Report of the Indian Hemp Drugs Commission, 1894-1895 - Volume VII
Year: 1894
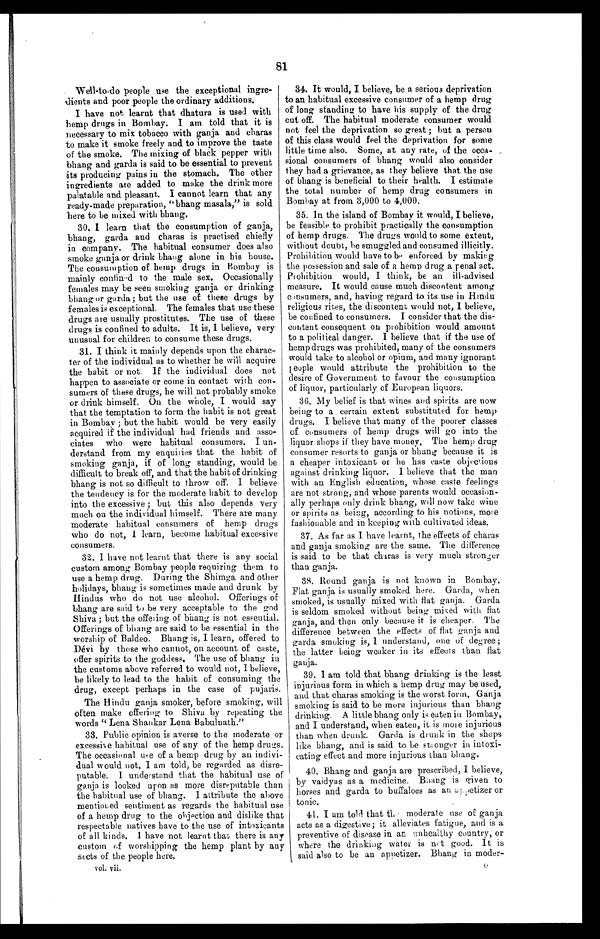
81
Well-to-do people use the exceptional ingre
- d i e n t s a n d p o o r p e o p l e t h e o r d i n a r y a d d i t i o n s .
I have not learnt that dhatura is used with
hemp drugs in Bombay. I am told that it is
necessary to mix tobacco with ganja and charas
to make it smoke freely and to improve the taste
of the smoke. The mixing of black pepper with
bhang and garda is said to be essential to prevent
its producing pains in the stomach. The other
ingredients are added to make the drink more
palatable and pleasant. I cannot learn that any
ready-made preparation, "bhang masala," is sold
here to be mixed with bhang.
30. I learn that the consumption of ganja,
bhang, garda and charas is practised chiefly
in company. The habitual consumer does also
smoke ganja or drink bhang alone in his house.
The consumption of hemp drugs in Bombay is
mainly confined to the male sex. Occasionally
females may be seen smoking ganja or drinking
bhang or garda; but the use of these drugs by
females is exceptional. The females that use these
drugs are usually prostitutes. The use of these
drugs is confined to adults. It is, I believe, very
unusual for children to consume these drugs.
31. I think it mainly depends upon the charac
-
ter of the individual as to whether he will acquire
the habit or not. If the individual does not
happen to associate or come in contact with con
-
sumers of these drugs, he will not probably smoke
or drink himself. On the whole, I would say
that the temptation to form the habit is not great
in Bombay; but the habit would be very easily
acquired if the individual had friends and asso
-
ciates who were habitual consumers. I un
-
derstand from my enquiries that the habit of
smoking ganja, if of long standing, would be
d i f f i c u l t t o b r e a k o f f , a n d t h a t t h e h a b i t o f d r i n k i n g
bhang is not so difficult to throw off. I believe
the tendency is for the moderate habit to develop
into the excessive; but this also depends very
much on the individual himself. There are many
moderate habitual consumers of hemp drugs
who do not, I learn, become habitual excessive
consumers.
32. I have not learnt that there is any social
custom among Bombay people requiring them to
use a hemp drug. During the Shimga and other
holidays, bhang is sometimes made and drunk by
Hindus who do not use alcohol. Offerings of
bhang are said to be very acceptable to the god
Shiva; but the offering of bhang is not essential.
Offerings of bhang are said to be essential in the
worship of Baldeo. Bhang is, I learn, offered to
Dévi by those who cannot, on account of caste,
offer spirits to the goddess. The use of bhang in
the customs above referred to would not, I believe,
be likely to lead to the habit of consuming the
drug, except perhaps in the case of pujaris.
The Hindu ganja smoker, before smoking, will
often make offering to Shiva by repeating the
words "Lena Shankar Lena Babulnath."
33. Public opinion is averse to the moderate or
excessive habitual use of any of the hemp drugs.
The occasional use of a hemp drug by an indivi
-
dual would not, I am told, be regarded as disre
-
putable. I understand that the habitual use of
ganja is looked upon as more disreputable than
the habitual use of bhang. I attribute the above
mentioned sentiment as regards the habitual use
of a hemp drug to the objection and dislike that
respectable natives have to the use of intoxicants
of al l ki nds. I have not l earnt t hat t here i s any
custom if worshipping the hemp plant by any
sects of the people here.
34. It would, I believe, be a serious deprivation
to an habitual excessive consumer of a hemp drug
of long standing to have his supply of the drug
cut off. The habitual moderate consumer would
not feel the deprivation so great; but a person
of this class would feel the deprivation for some
little time also. Some, at any rate, of the occa
-
sional consumers of bhang would also consider
they had a grievance, as they believe that the use
of bhang is beneficial to their health. I estimate
the total number of hemp drug consumers in
Bombay at from 3,000 to 4,000.
35. In the island of Bombay it would, I believe,
be feasible to prohibit practically the consumption
of hemp drugs. The drugs would to some extent,
without doubt, be smuggled and consumed illicitly.
Prohibition would have to be enforced by making
the possession and sale of a hemp drug a penal act.
Prohibition would, I think, be an ill-advised
measure. It would cause much discontent among
consumers, and, having regard to its use in Hindu
religious rites, the discontent would not, I believe,
be confined to consumers. I consider that the dis
-
content consequent on prohibition would amount
to a political danger. I believe that if the use of
hemp drugs was prohibited, many of the consumers
would take to alcohol or opium, and many ignorant
p e o p l e w o u l d a t t r i b u t e t h e p r o h i b i t i o n t o t h e
desire of Government to favour the consumption
of liquor, particularly of European liquors.
36. My belief is that wines and spirits are now
being to a certain extent substituted for hemp
drugs. I believe that many of the poorer classes
of consumers of hemp drugs will go into the
liquor shops if they have money. The hemp drug
consumer resorts to ganja or bhang because it is
a cheaper intoxicant or he has caste objections
against drinking liquor. I believe that the man
with au English education, whose caste feelings
are not strong, and whose parents would occasion
-
ally perhaps only drink bhang, will now take wine
or spirits as being, according to his notions, more
fashionable and in keeping with cultivated ideas.
37. As far as I have learnt, the effects of charas
and ganja smoking are the same. The difference
is said to be that charas is very much stronger
than ganja.
38. Round ganja is not known in Bombay.
Flat ganja is usually smoked here. Garda, when
smoked, is usually mixed with flat ganja. Garda
is seldom smoked without being mixed with flat
g a n j a , a n d t h e n o n l y b e c a u s e i t i s c h e a p e r . T h e
difference between the effects of flat ganja and
g a r d a s m o k i n g i s , I u n d e r s t a n d , o n e o f d e g r e e ;
the latter being weaker in its effects than flat
g a n j a .
39. I am told that bhang drinking is the least
injurious form in which a hemp drug may be used,
and that charas smoking is the worst form. Ganja
smoking is said to be more injurious than bhang
drinking. A little bhang only is eaten in Bombay,
and I understand, when eaten, it is more injurious
than when drunk. Garda is drunk in the shops
like bhang, and is said to be stronger in intoxi
-
c a t i n g e f f e c t a n d m o r e i n j u r i o u s t h a n b h a n g .
40. Bhang and ganja are prescribed, I believe,
by vaidyas as a medicine. Bhang is given to
horses and garda to buffaloes as an appetizer or
tonic.
41. I am told that the moderate use of ganja
acts as a digestive; it alleviates fatigue, and is a
preventive of disease in an unhealthy country, or
where the drinking water is not good. It is
said also to be an appetizer. Bhang in mode
r-
vol. vii.